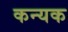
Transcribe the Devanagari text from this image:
कन्यक